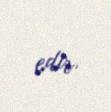
edir.